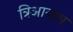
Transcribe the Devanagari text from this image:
त्रिआयाम